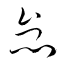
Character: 怠